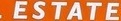
ESTATE